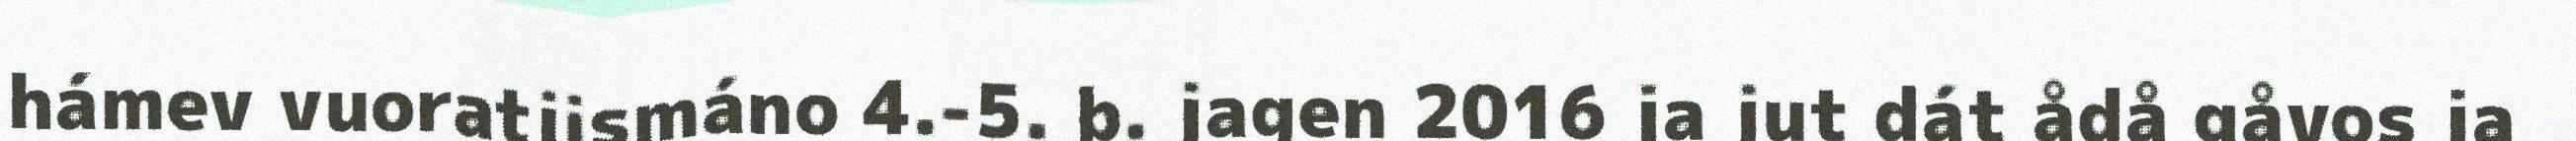
hámev vuoratjismáno 4.-5. b. jagen 2016 ja jut dát ådå gåvos ja